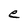
Character: e